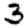
Digit: 3